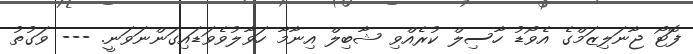
ފޮޓޯ ޖާނަލިޒަމްގެ އެވޯޑު ހާސިލް ކުރެއްވި ޝާބިލް އިނާމާ ހަވާލުވެވަޑައިގަންނަވަނީ. --- ވަގުތު